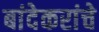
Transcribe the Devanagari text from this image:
बांदेकरांचे